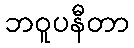
ဘဝူပနီတာ